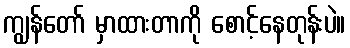
ကျွန်တော် မှာထားတာကို စောင့်နေတုန်းပဲ။